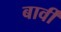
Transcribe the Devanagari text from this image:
बार्वी